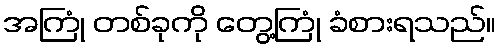
အကြုံ တစ်ခုကို တွေ့ကြုံ ခံစားရသည်။